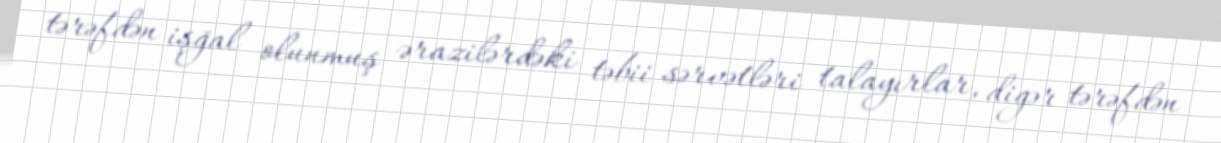
tərəfdən işğal olunmuş ərazilərdəki təbii sərvətləri talayırlar, digər tərəfdən